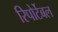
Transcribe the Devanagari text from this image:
रिपोर्टेबल